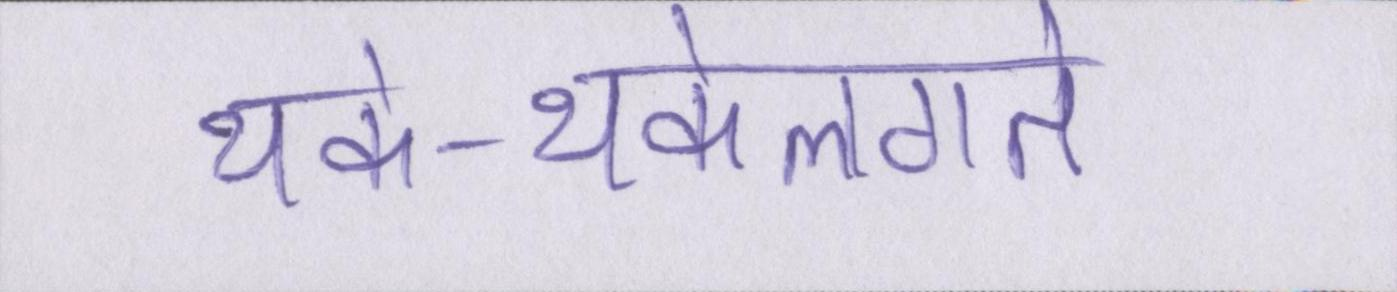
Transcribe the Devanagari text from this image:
थके-थकेलगते